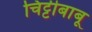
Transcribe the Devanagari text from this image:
चिट्टीबाबू